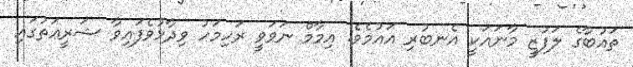
ތައުބާގެ ލަފުޒީ މާނައަކީ އެނބުރި އައުމެވެ. އިމާމް ނަވަވީ ރަހިމަހު ވިދާޅުވެފައިވާ ޝަރީޢަތުގައި